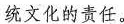
统文化的责任。